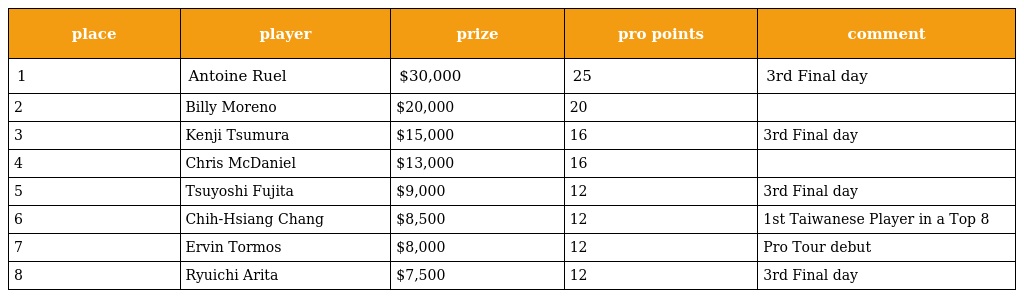
| place | player | prize | pro points | comment |
 | --- | --- | --- | --- | --- |
 | 1 | Antoine Ruel | $30,000 | 25 | 3rd Final day |
 | 2 | Billy Moreno | $20,000 | 20 |  |
 | 3 | Kenji Tsumura | $15,000 | 16 | 3rd Final day |
 | 4 | Chris McDaniel | $13,000 | 16 |  |
 | 5 | Tsuyoshi Fujita | $9,000 | 12 | 3rd Final day |
 | 6 | Chih-Hsiang Chang | $8,500 | 12 | 1st Taiwanese Player in a Top 8 |
 | 7 | Ervin Tormos | $8,000 | 12 | Pro Tour debut |
 | 8 | Ryuichi Arita | $7,500 | 12 | 3rd Final day |